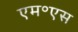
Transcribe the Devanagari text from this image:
एम॰एस